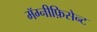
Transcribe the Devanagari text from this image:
मॅग्नीफ़िसेन्ट